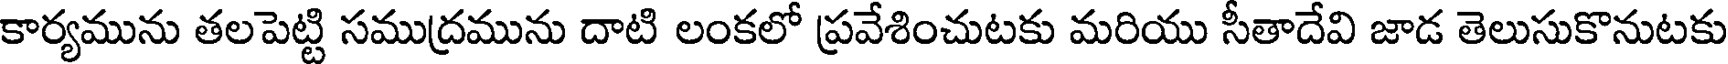
కార్యమును తలపెట్టి సముద్రమును దాటి లంకలో ప్రవేశించుటకు మరియు సీతాదేవి జాడ తెలుసుకొనుటకు